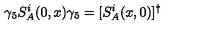
\gamma _ { 5 } S _ { A } ^ { i } ( 0 , x ) \gamma _ { 5 } = [ S _ { A } ^ { i } ( x , 0 ) ] ^ { \dagger }